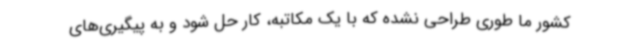
کشور ما طوری طراحی نشده که با یک مکاتبه، کار حل شود و به پیگیری‌های